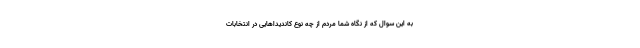
به این سوال که از نگاه شما مردم از چه نوع کاندیداهایی در انتخابات